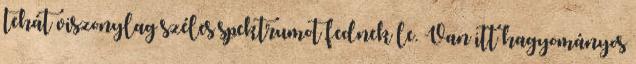
tehát viszonylag széles spektrumot fednek le. Van itt hagyományos